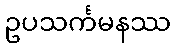
ဥပသင်္ကမနဿ